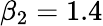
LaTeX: \beta_{2}=1.4